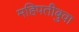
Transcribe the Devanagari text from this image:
महिपतीबुवा